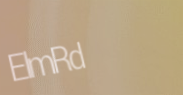
ElmRd